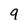
Character: 9